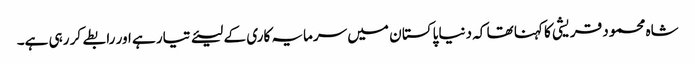
شاہ محمود قریشی کا کہنا تھا کہ دنیا پاکستا ن میں سرمایہ کاری کے لیئے تیار ہے اور رابطے کر رہی ہے۔